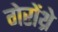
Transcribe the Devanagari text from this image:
गेरोंथ्रे